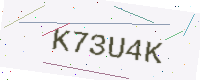
Text: K73U4K